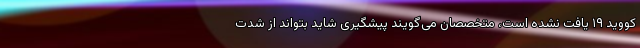
کووید ۱۹ یافت نشده است، متخصصان می‌گویند پیشگیری شاید بتواند از شدت